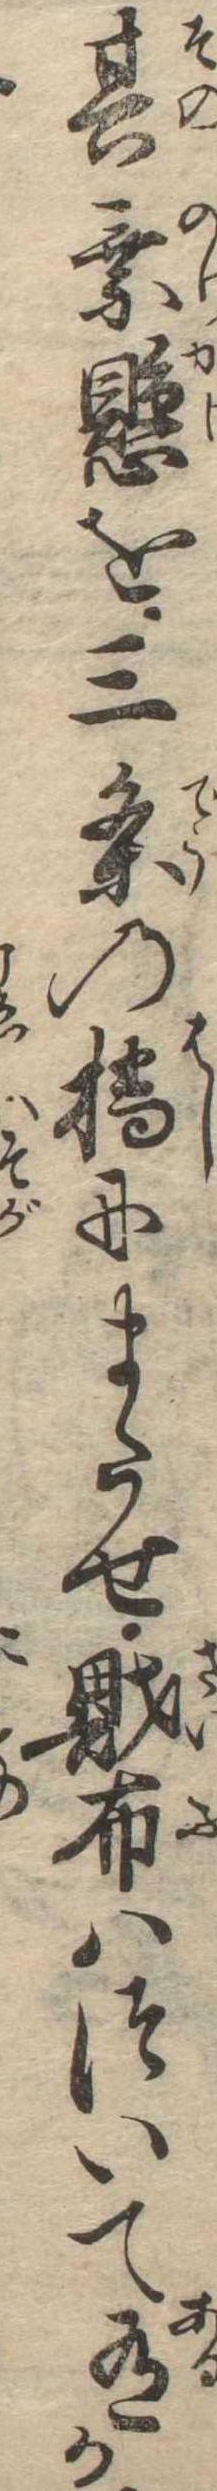
其乗懸を三条の橋にまたせ財布はついて有か